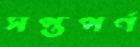
সপ্তপর্ণ